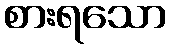
စားရသော